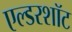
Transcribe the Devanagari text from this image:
एल्डरशॉट